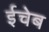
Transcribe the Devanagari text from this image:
ईचेब